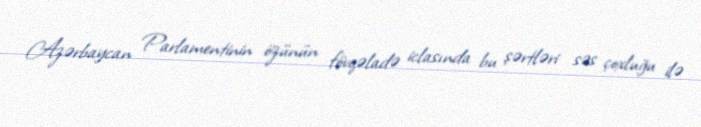
Azərbaycan Parlamentinin özünün fövqəladə iclasında bu şərtləri səs çoxluğu ilə